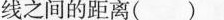
线之间的距离( )